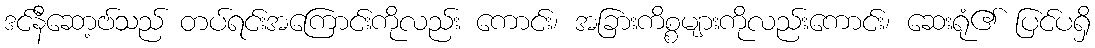
ဒင်နီဆော့ဗ်သည် တပ်ရင်းအကြောင်းကိုလည်း ကောင်း၊ အခြားကိစ္စများကိုလည်းကောင်း၊ ဆေးရုံ၏ ပြင်ပရှိ